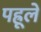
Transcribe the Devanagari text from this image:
पह्रूले